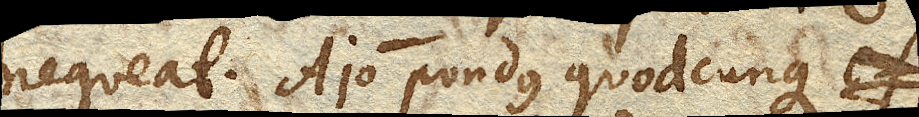
nequeat. Ajo pondus quodcunque